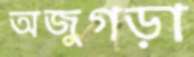
অজুগড়া